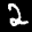
Label: 2